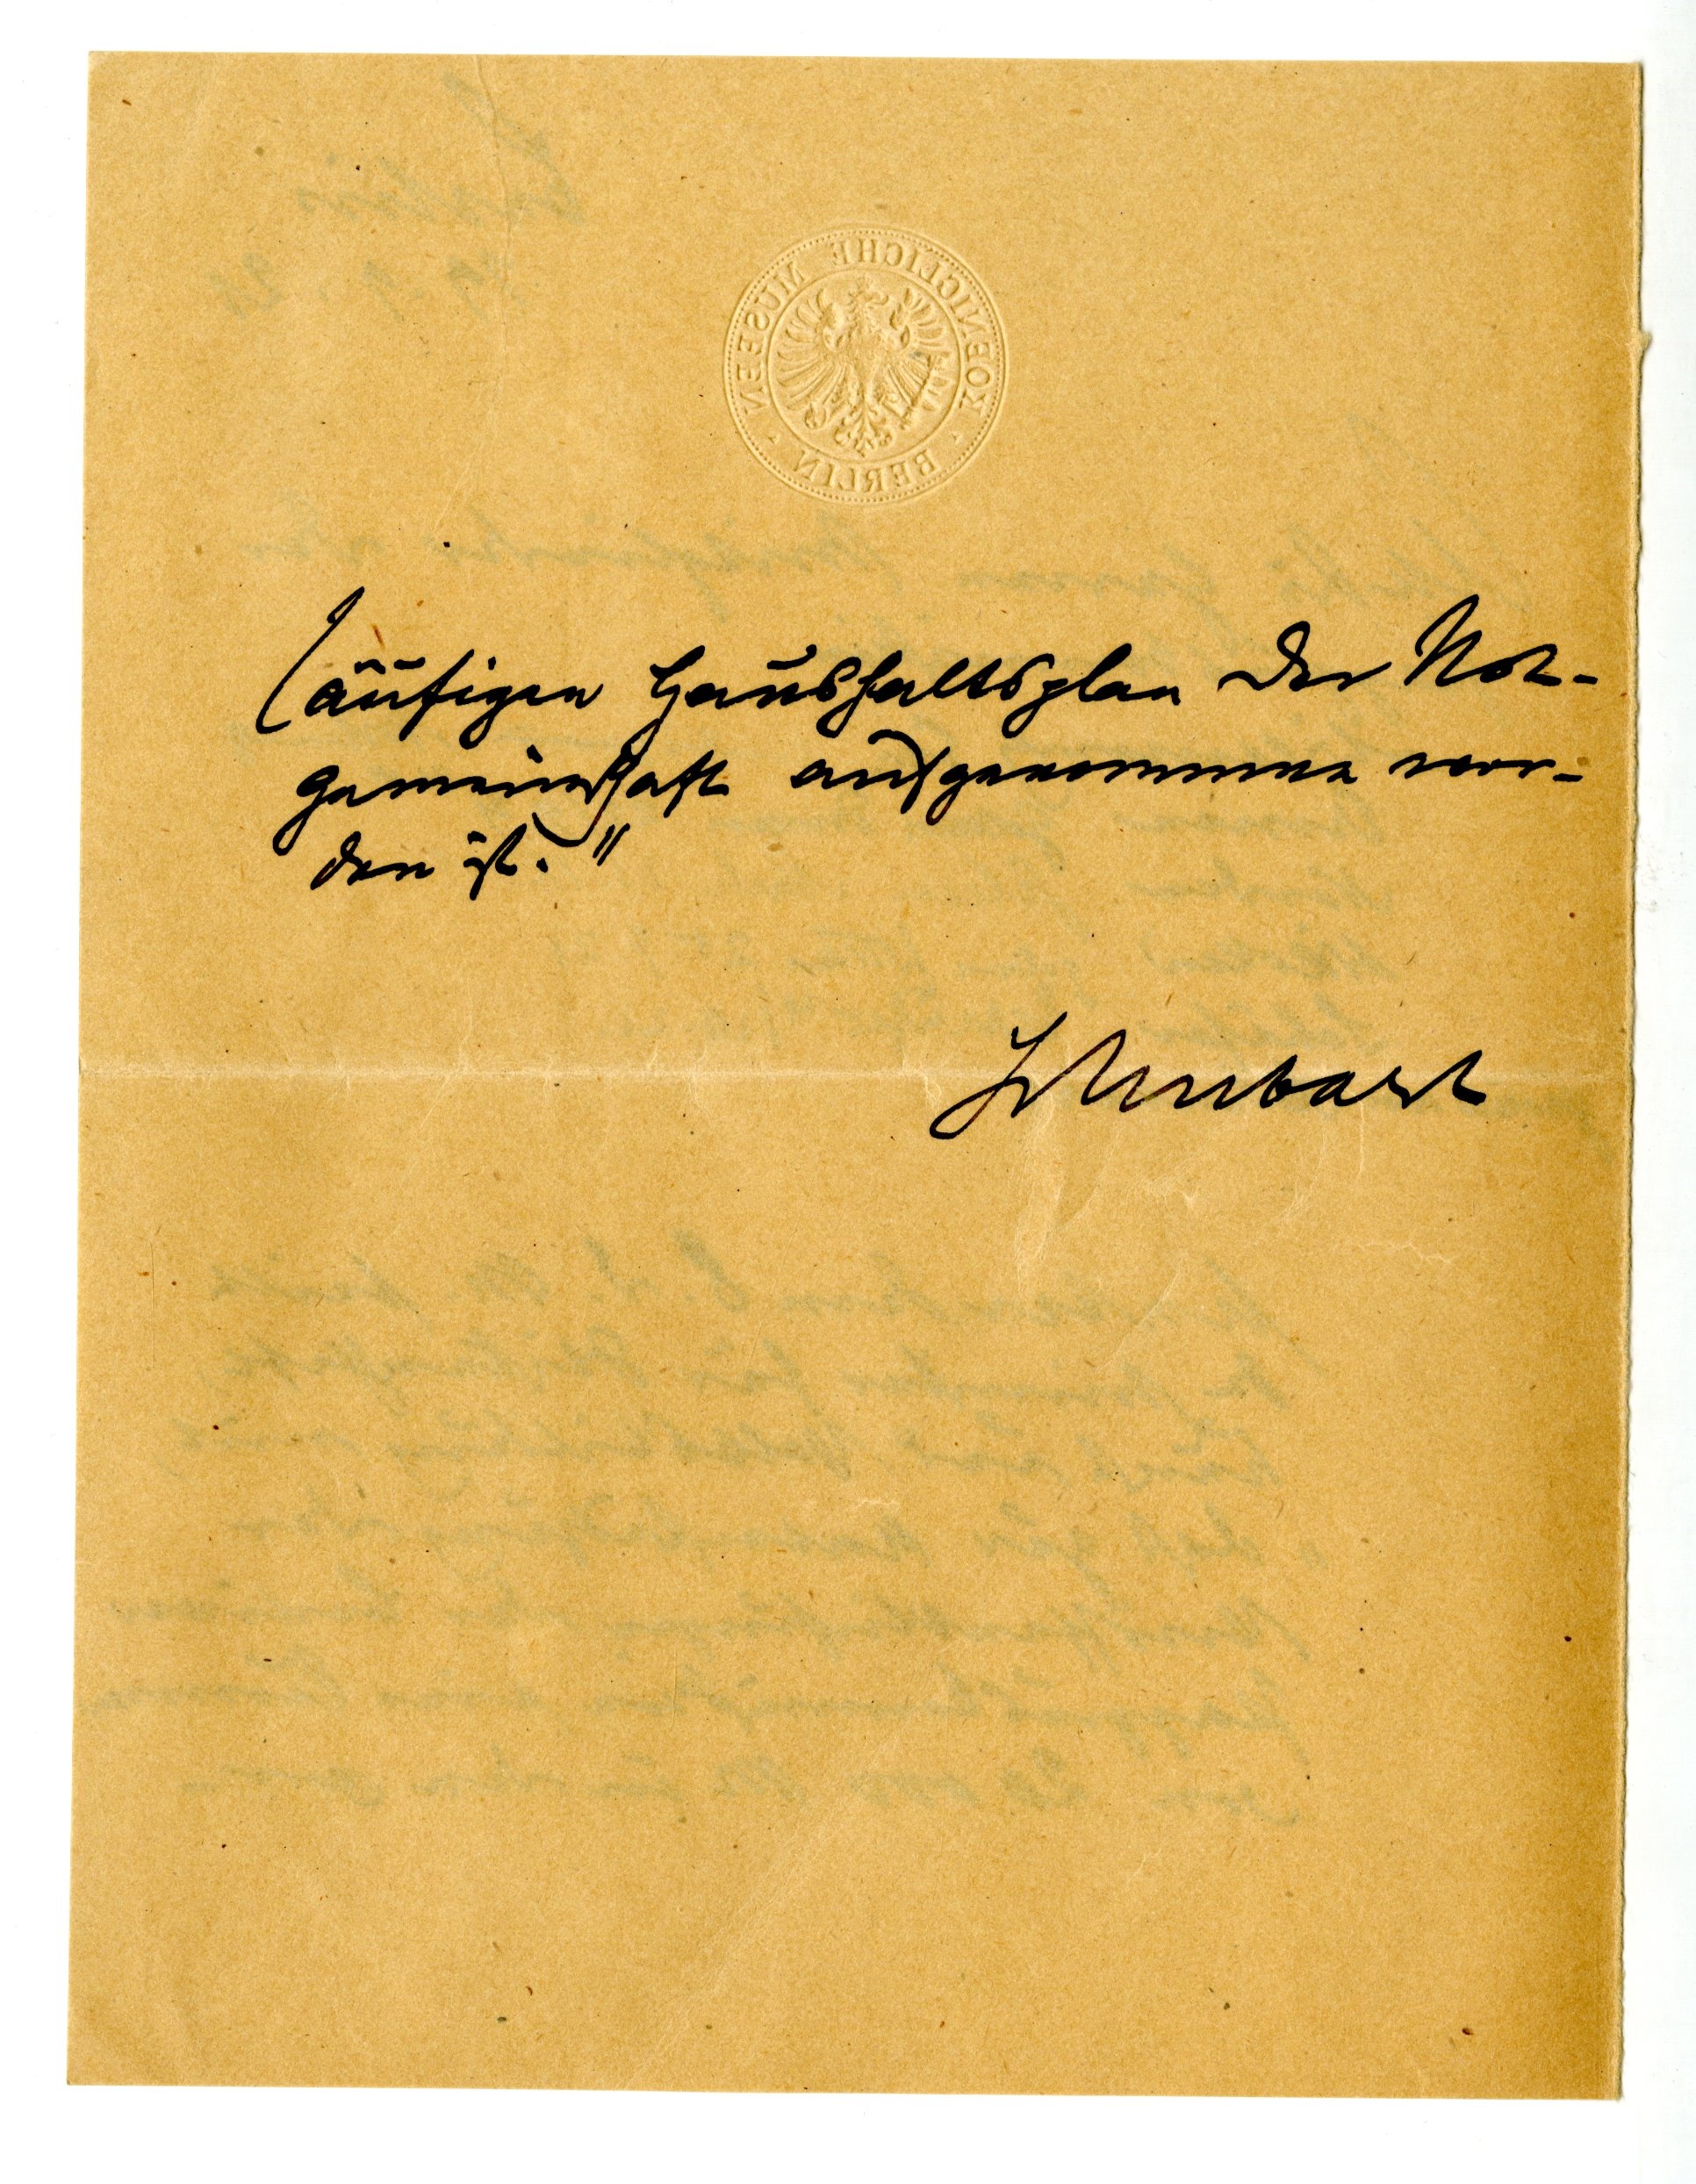
läufigen Haushaltsplan der Not¬
gemeinschaft aufgenommen wor¬
den ist."
Schubart